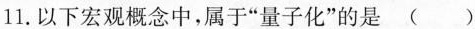
11.以下宏观概念中，属于”量子化”的是()